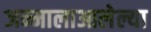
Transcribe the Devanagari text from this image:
जन्मालाआलेल्या